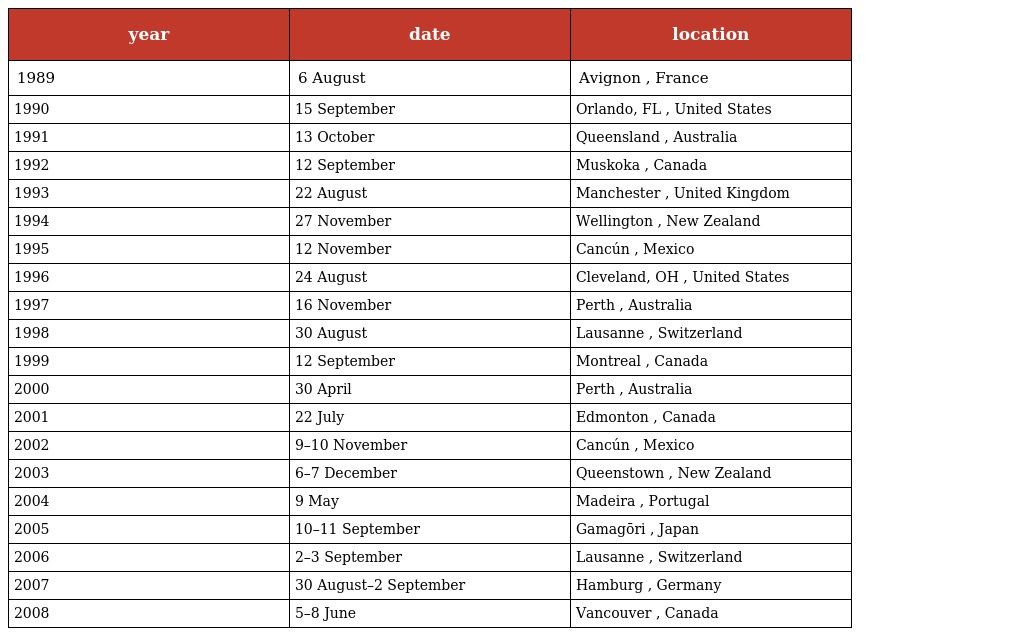
| year | date | location |
 | --- | --- | --- |
 | 1989 | 6 August | Avignon , France |
 | 1990 | 15 September | Orlando, FL , United States |
 | 1991 | 13 October | Queensland , Australia |
 | 1992 | 12 September | Muskoka , Canada |
 | 1993 | 22 August | Manchester , United Kingdom |
 | 1994 | 27 November | Wellington , New Zealand |
 | 1995 | 12 November | Cancún , Mexico |
 | 1996 | 24 August | Cleveland, OH , United States |
 | 1997 | 16 November | Perth , Australia |
 | 1998 | 30 August | Lausanne , Switzerland |
 | 1999 | 12 September | Montreal , Canada |
 | 2000 | 30 April | Perth , Australia |
 | 2001 | 22 July | Edmonton , Canada |
 | 2002 | 9–10 November | Cancún , Mexico |
 | 2003 | 6–7 December | Queenstown , New Zealand |
 | 2004 | 9 May | Madeira , Portugal |
 | 2005 | 10–11 September | Gamagōri , Japan |
 | 2006 | 2–3 September | Lausanne , Switzerland |
 | 2007 | 30 August–2 September | Hamburg , Germany |
 | 2008 | 5–8 June | Vancouver , Canada |